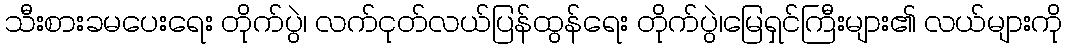
သီးစားခမပေးရေး တိုက်ပွဲ၊ လက်ငုတ်လယ်ပြန်ထွန်ရေး တိုက်ပွဲ၊မြေရှင်ကြီးများ၏ လယ်များကို